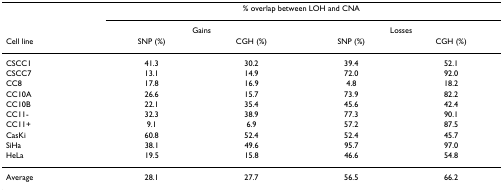
|  | <COLSPAN=4> % overlap between LOH and CNA |
 |  | <COLSPAN=2> Gains | <COLSPAN=2> Losses |
 | Cell line | SNP (%) | CGH (%) | SNP (%) | CGH (%) |
 | --- | --- | --- | --- | --- |
 | CSCC1 | 41.3 | 30.2 | 39.4 | 52.1 |
 | CSCC7 | 13.1 | 14.9 | 72.0 | 92.0 |
 | CC8 | 17.8 | 16.9 | 4.8 | 18.2 |
 | CC10A | 26.6 | 15.7 | 73.9 | 82.2 |
 | CC10B | 22.1 | 35.4 | 45.6 | 42.4 |
 | CC11- | 32.3 | 38.9 | 77.3 | 90.1 |
 | CC11+ | 9.1 | 6.9 | 57.2 | 87.5 |
 | CasKi | 60.8 | 52.4 | 52.4 | 45.7 |
 | SiHa | 38.1 | 49.6 | 95.7 | 97.0 |
 | HeLa | 19.5 | 15.8 | 46.6 | 54.8 |
 | Average | 28.1 | 27.7 | 56.5 | 66.2 |